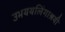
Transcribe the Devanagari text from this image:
उभययलिंगाश्रयी